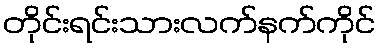
တိုင်းရင်းသားလက်နက်ကိုင်